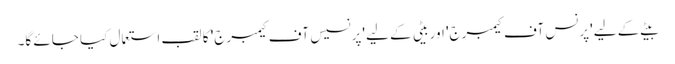
بیٹے کے لیے 'پرنس آف کیمبرج' اور بیٹی کے لیے 'پرنسیس آف کیمبرج' کا لقب استعمال کیا جائے گا۔